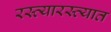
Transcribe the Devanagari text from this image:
रस्त्यारस्त्यात